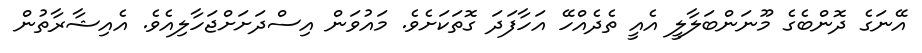
އޭނަގެ ދޮންބެގެ މޫނަންބަލާލީ އެއީ ތެދެއްހޭ އަހާފަދަ ގޮތަކަށެވެ. މައުވަން އިސްދަށަށްޖަހާލިއެވެ. އެއިޝާރާތުން